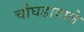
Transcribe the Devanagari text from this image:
चौघडावाले